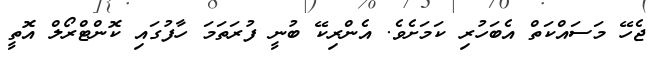
ޖެހޭ މަސައްކަތް އެބަހުރި ކަމަށެވެ. އެންރިކޭ ބުނީ ފުރަތަމަ ހާފުގައި ކޮންޓްރޯލް އޮތީ